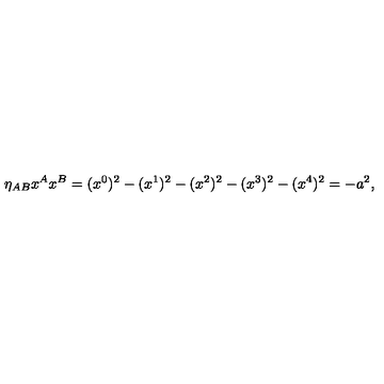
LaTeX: \eta _ { A B } x ^ { A } x ^ { B } = ( x ^ { 0 } ) ^ { 2 } - ( x ^ { 1 } ) ^ { 2 } - ( x ^ { 2 } ) ^ { 2 } - ( x ^ { 3 } ) ^ { 2 } - ( x ^ { 4 } ) ^ { 2 } = - a ^ { 2 } ,